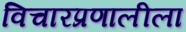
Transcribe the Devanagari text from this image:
विचारप्रणालीला